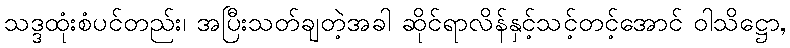
သဒ္ဒထုံးစံပင်တည်း၊ အပြီးသတ်ချတဲ့အခါ ဆိုင်ရာလိန်နှင့်သင့်တင့်အောင် ဝါသိဋ္ဌော,